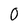
Character: O